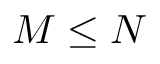
M \leq N